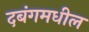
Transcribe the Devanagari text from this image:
दबंगमधील